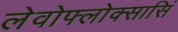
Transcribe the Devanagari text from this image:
लेवोफ्लोक्सासिं